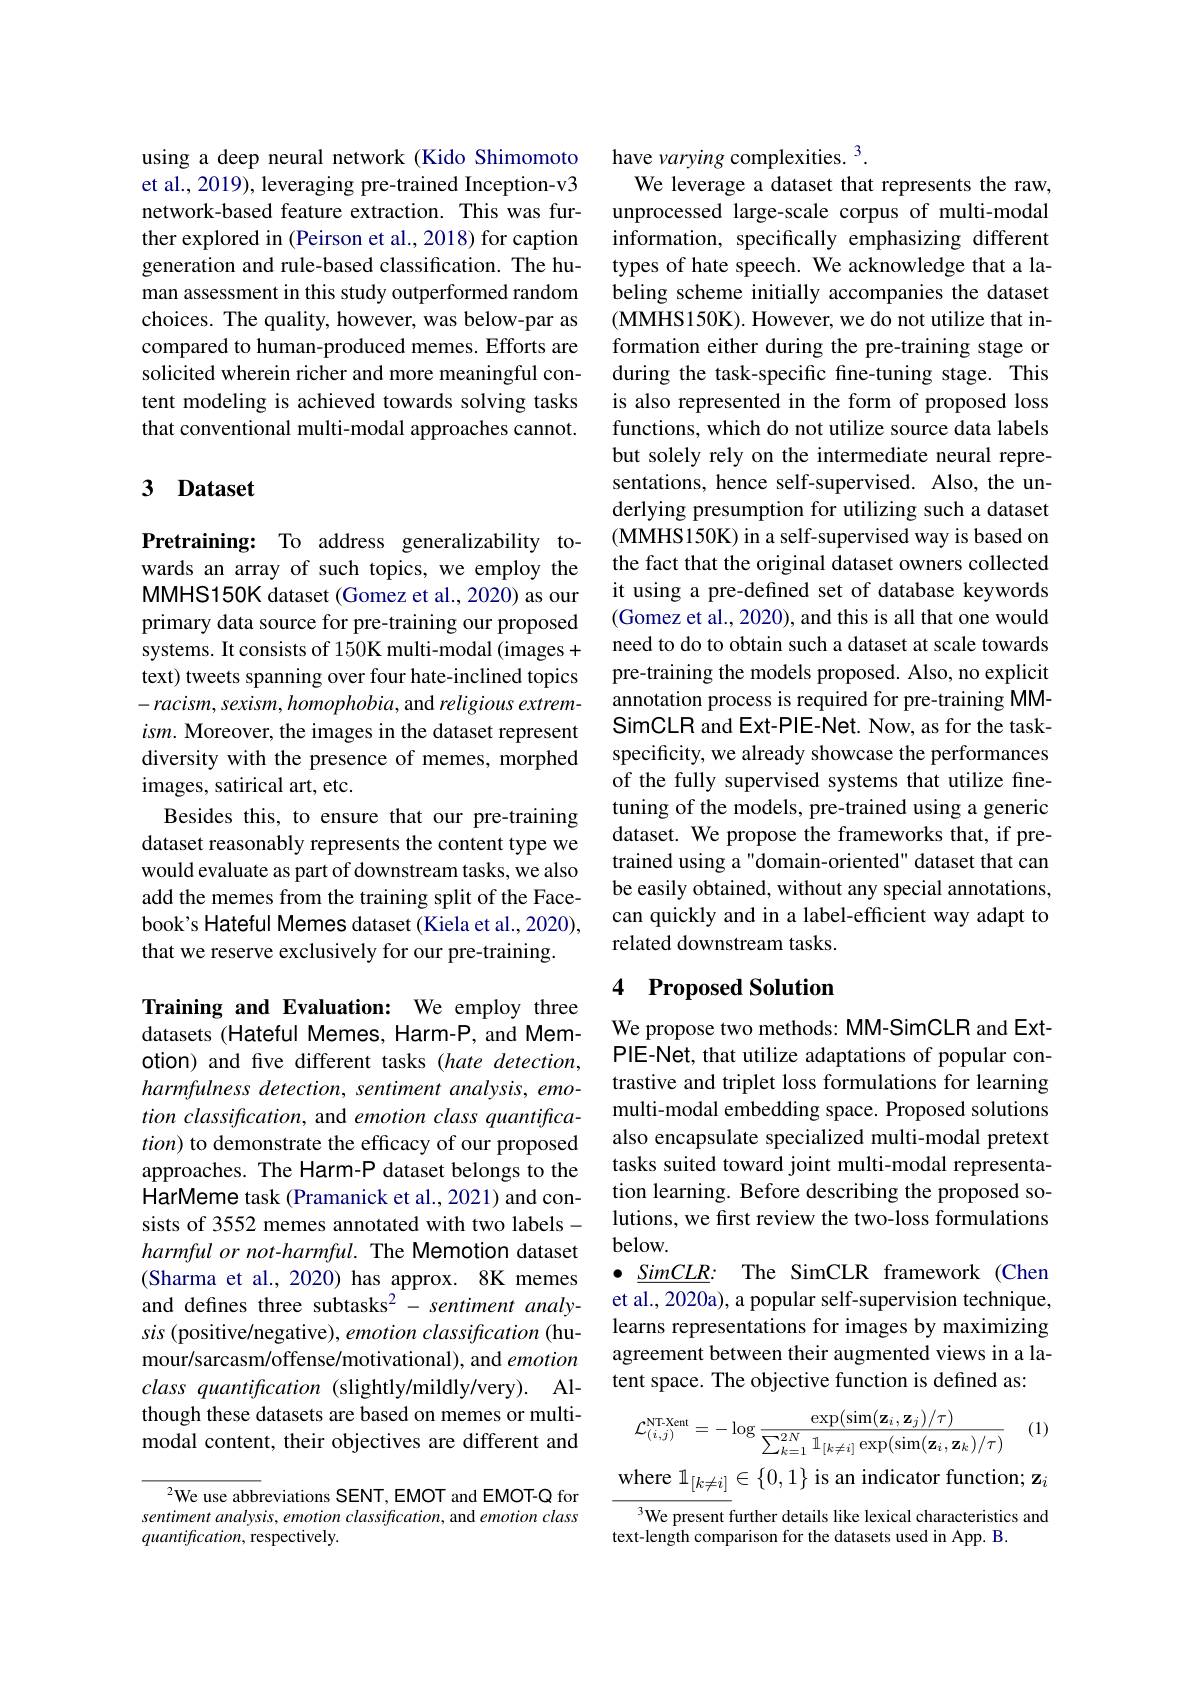
using a deep neural network (Kido Shimomoto et al., 2019), leveraging pre-trained Inception-v3 network-based feature extraction. This was further explored in (Peirson et al., 2018) for caption generation and rule-based classification. The human assessment in this study outperformed random choices. The quality, however, was below-par as compared to human-produced memes. Efforts are solicited wherein richer and more meaningful content modeling is achieved towards solving tasks that conventional multi-modal approaches cannot.

## 3 Dataset

Pretraining: To address generalizability towards an array of such topics, we employ the MMHS150K dataset (Gomez et al., 2020) as our primary data source for pre-training our proposed systems. It consists of 150K multi-modal (images + text) tweets spanning over four hate-inclined topics $-racism,sexism,homophobia$, and religious extrem- $ism.$ Moreover, the images in the dataset represent diversity with the presence of memes, morphed images, satirical art, etc.
Besides this, to ensure that our pre-training dataset reasonably represents the content type we would evaluate as part of downstream tasks, we also add the memes from the training split of the Facebook's Hateful Memes dataset (Kiela et al., 2020), that we reserve exclusively for our pre-training.

Training and Evaluation: We employ three datasets (Hateful Memes, Harm-P, and Memotion) and five different tasks (hate detection, harmfulness detection, sentiment analysis, emotion classification, and emotion class quantifica- $tion)$ to demonstrate the efficacy of our proposed approaches. The Harm-P dataset belongs to the HarMeme task (Pramanick et al., 2021) and consists of 3552 memes annotated with two labelsharmful or not-harmful. The Memotion dataset (Sharma et al., 2020) has approx. 8K memes and defines three subtasks$^2-sentiment$ analysis (positive/negative), emotion classification (humour/sarcasm/offense/motivational), and emotion $class~quantification~($slightly/mildly/very).~Although these datasets are based on memes or multimodal content, their objectives are different and

$^{2}$We use abbreviations SENT,EMOT and EMOT-Q for sentiment analysis, emotion classification, and emotion class quantification, respectively.

have varying complexities. 3.
We leverage a dataset that represents the raw,

unprocessed large-scale corpus of multi-modal information, specifically emphasizing different types of hate speech. We acknowledge that a labeling scheme initially accompanies the dataset (MMHS150K). However, we do not utilize that information either during the pre-training stage or during the task-specific fine-tuning stage. This is also represented in the form of proposed loss functions, which do not utilize source data labels but solely rely on the intermediate neural representations, hence self-supervised. Also, the underlying presumption for utilizing such a dataset (MMHS150K) in a self-supervised way is based on the fact that the original dataset owners collected it using a pre-defined set of database keywords (Gomez et al., 2020), and this is all that one would need to do to obtain such a dataset at scale towards pre-training the models proposed. Also, no explicit annotation process is required for pre-training MMSimCLR and Ext-PIE-Net. Now, as for the taskspecificity, we already showcase the performances of the fully supervised systems that utilize finetuning of the models, pre-trained using a generic dataset. We propose the frameworks that, if pretrained using a"domain-oriented" dataset that can be easily obtained, without any special annotations, can quickly and in a label-efficient way adapt to related downstream tasks.

## 4 Proposed Solution

We propose two methods: MM-SimCLR and ExtPIE-Net, that utilize adaptations of popular contrastive and triplet loss formulations for learning multi-modal embedding space. Proposed solutions also encapsulate specialized multi-modal pretext tasks suited toward joint multi-modal representation learning. Before describing the proposed solutions, we first review the two-loss formulations below.
$\bullet \underline {SimCLR}{: }$ The SimCLR framework (Chen et al., 2020a), a popular self-supervision technique, learns representations for images by maximizing agreement between their augmented views in a latent space. The objective function is defined as:

(1)
$$\mathcal{L}_{(i,j)}^{\text{NT-Xent}}=-\log\frac{\exp(\sin(\mathbf{z}_i,\mathbf{z}_j)/\tau)}{\sum_{k=1}^{2N}\mathbb{1}_{[k\neq i]}\exp(\sin(\mathbf{z}_i,\mathbf{z}_k)/\tau)}$$
where $\mathbb{1}_[k\neq i]\in\{0,1\}$ is an indicator function; z$_i$

$^3$We present further details like lexical characteristics and
text-length comparison for the datasets used in App. B.